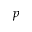
p